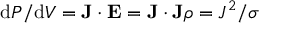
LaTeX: \mathrm { d } P / \mathrm { d } V = \mathbf { J } \cdot \mathbf { E } = \mathbf { J } \cdot \mathbf { J } \rho = J ^ { 2 } / \sigma